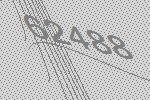
62488